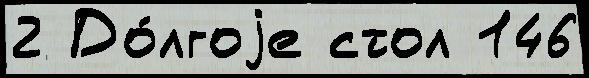
2 До́лгоjе стол 146